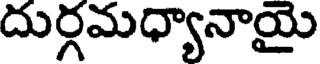
దుర్గమధ్యానాయై